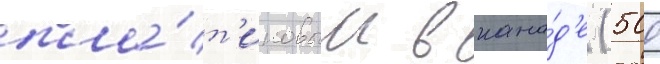
пла́т'иновым в кана́д'е (500